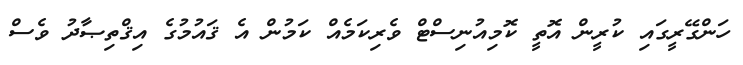
ހަންގޭރީގައި ކުރީން އޮތީ ކޮމިއުނިސްޓް ވެރިކަމެއް ކަމުން އެ ޤައުމުގެ އިޤްތިޞާދު ވެސް